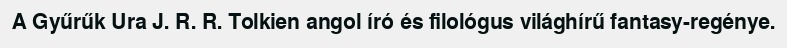
A Gyűrűk Ura J. R. R. Tolkien angol író és filológus világhírű fantasy-regénye.